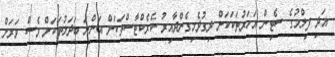
އަދި ފިލްމުގެ ސެޓިން އަހަރުތަކަކަށް ދިގުދެމިގެންދާއިރު ކެރެކްޓާސްތަކަށް އަންނަ ބަދަލުތަކަށް ވެސް ވަރަށް